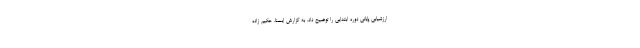
ارزشیابی پایانی دوره ابتدایی را توضیح داد. به گزارش ایسنا، حکیم زاده